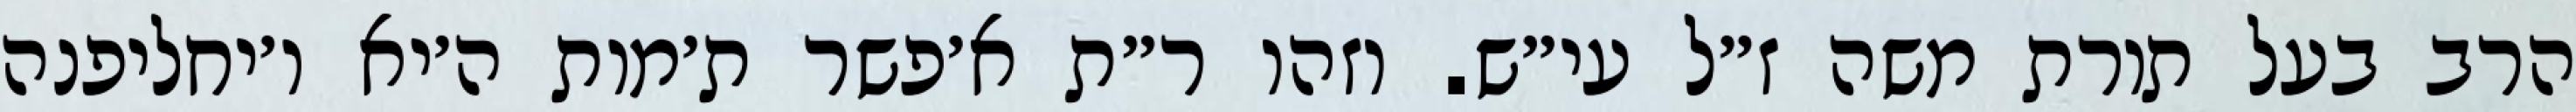
הרב בעל תורת משה ז״ל עי״ש. וזהו ר״ת א׳פשר ת׳מות ה׳יא ו׳יחליפנה